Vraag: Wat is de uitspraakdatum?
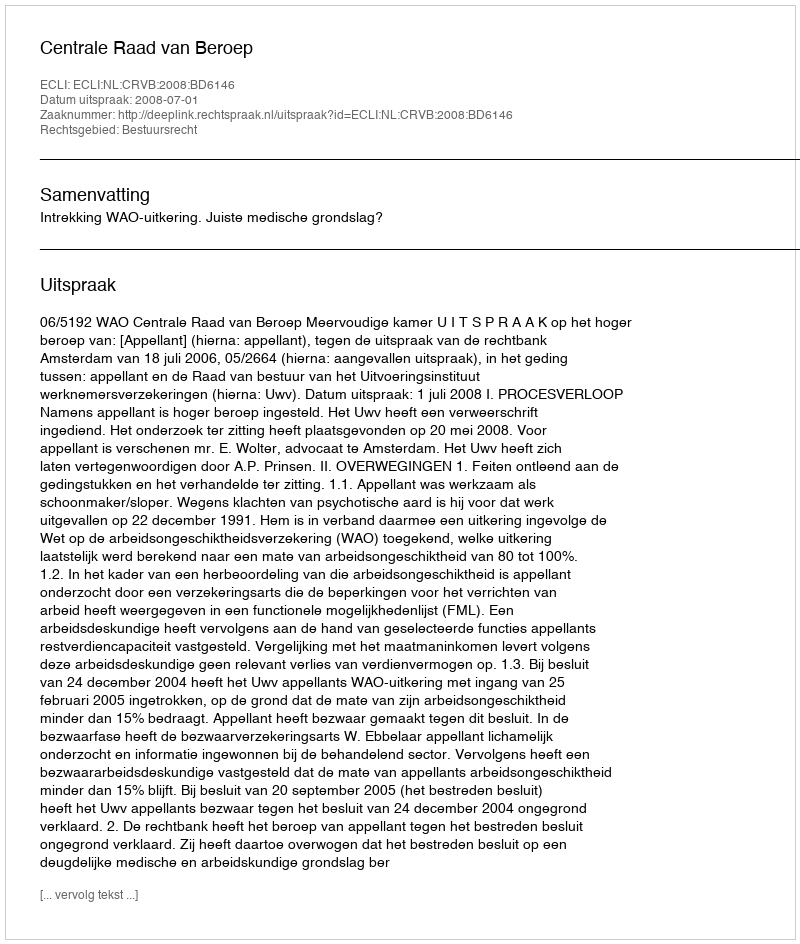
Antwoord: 2008-07-01